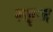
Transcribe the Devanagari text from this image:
रुइज